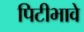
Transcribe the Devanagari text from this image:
पिटीभावे